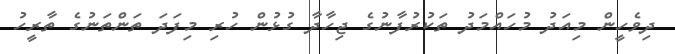
ދިވެހީން މިއަދު މުހައްމަދު ތަކުރުފާނުގެ ޖިހާދާ ގުޅުން ހުރި މިފަދަ ތަންތަނުގެ ތާރީހު